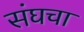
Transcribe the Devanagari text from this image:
संघचा